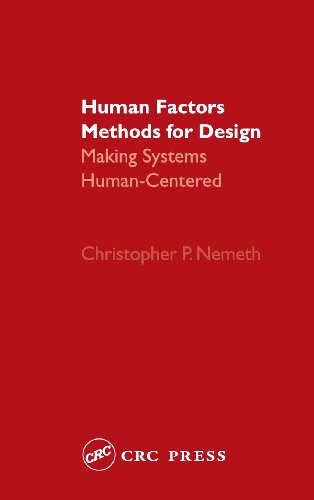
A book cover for Human Factors Methods for Design: Making Systems Human-Centered; Christopher P. Nemeth; Health, Fitness & Dieting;